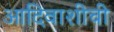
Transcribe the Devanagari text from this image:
आदिवाशीची